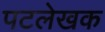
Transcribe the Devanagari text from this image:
पटलेखक